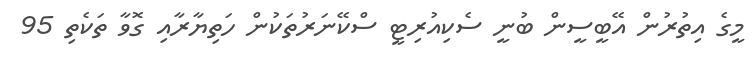
މީގެ އިތުރުން އޭބީސީން ބުނީ ސެކިއުރިޓީ ސްކޭނަރުތަކުން ހަތިޔާރާއި ގޮވާ ތަކެތި 95